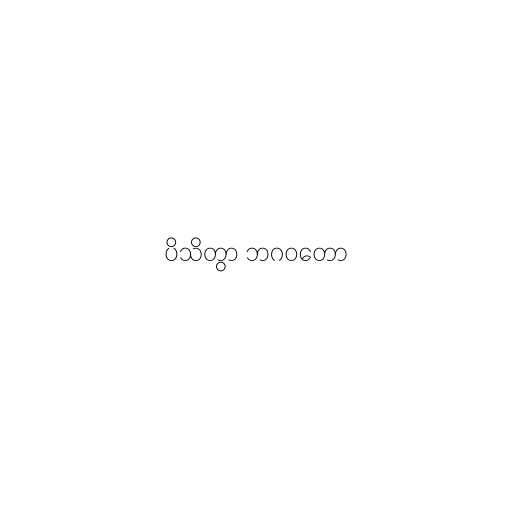
ပိသိတွာ ဘဂဝတော